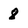
Character: 8